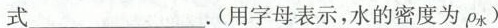
式___。(用字母表示，水的密度为p_{水})